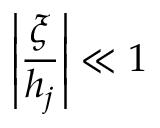
\left| \frac { \xi } { h _ { j } } \right| \ll 1